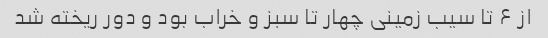
از ۶ تا سیب زمینی چهار تا سبز و خراب بود و دور ریخته شد